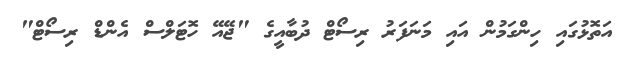
އަތޮޅުގައި ހިންގަމުން އައި މަނަފަރު ރިސޯޓް ދުބާއީގެ "ޖޭއޭ ހޮޓަލްސް އެންޑް ރިސޯޓް"